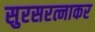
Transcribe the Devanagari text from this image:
सुरसरत्नाकर